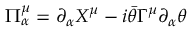
\Pi _ { \alpha } ^ { \mu } = \partial _ { \alpha } X ^ { \mu } - i \bar { \theta } \Gamma ^ { \mu } \partial _ { \alpha } \theta